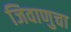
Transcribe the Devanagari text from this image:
जिवाणुचा